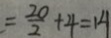
= \frac { 2 0 } { 2 } + 4 = 1 4